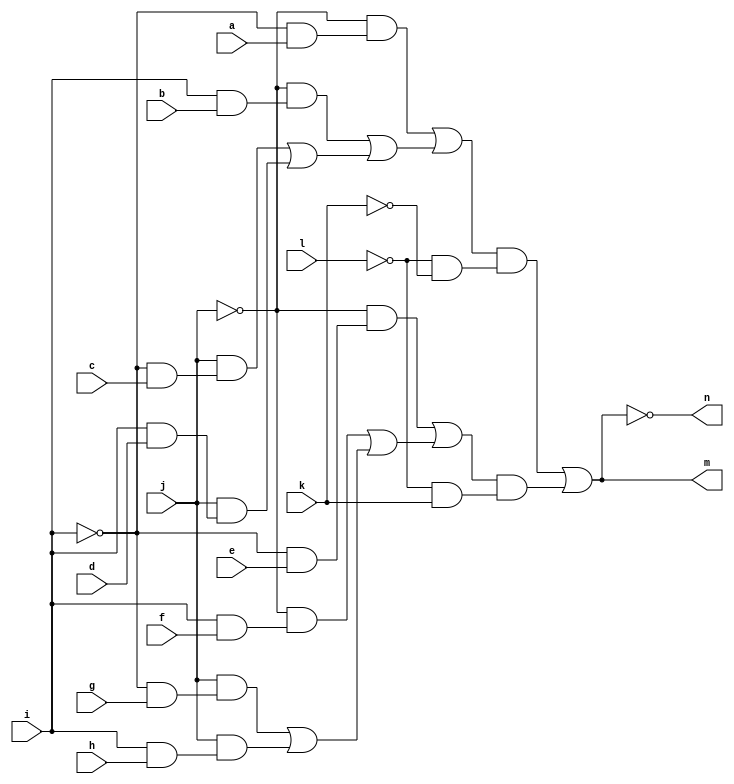
// IWLS benchmark module "CM151" printed on Wed May 29 16:07:20 2002
module CM151(a, b, c, d, e, f, g, h, i, j, k, l, m, n);
input
  a,
  b,
  c,
  d,
  e,
  f,
  g,
  h,
  i,
  j,
  k,
  l;
output
  m,
  n;
wire
  \[6] ,
  \[7] ,
  \[0] ,
  \[1] ;
assign
  \[6]  = (~j & (~i & e)) | ((~j & (i & f)) | ((j & (~i & g)) | (j & (i & h)))),
  \[7]  = (~j & (~i & a)) | ((~j & (i & b)) | ((j & (~i & c)) | (j & (i & d)))),
  m = \[0] ,
  n = \[1] ,
  \[0]  = (\[7]  & (~l & ~k)) | (\[6]  & (~l & k)),
  \[1]  = ~\[0] ;
endmodule